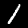
Digit: 1